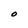
Character: O